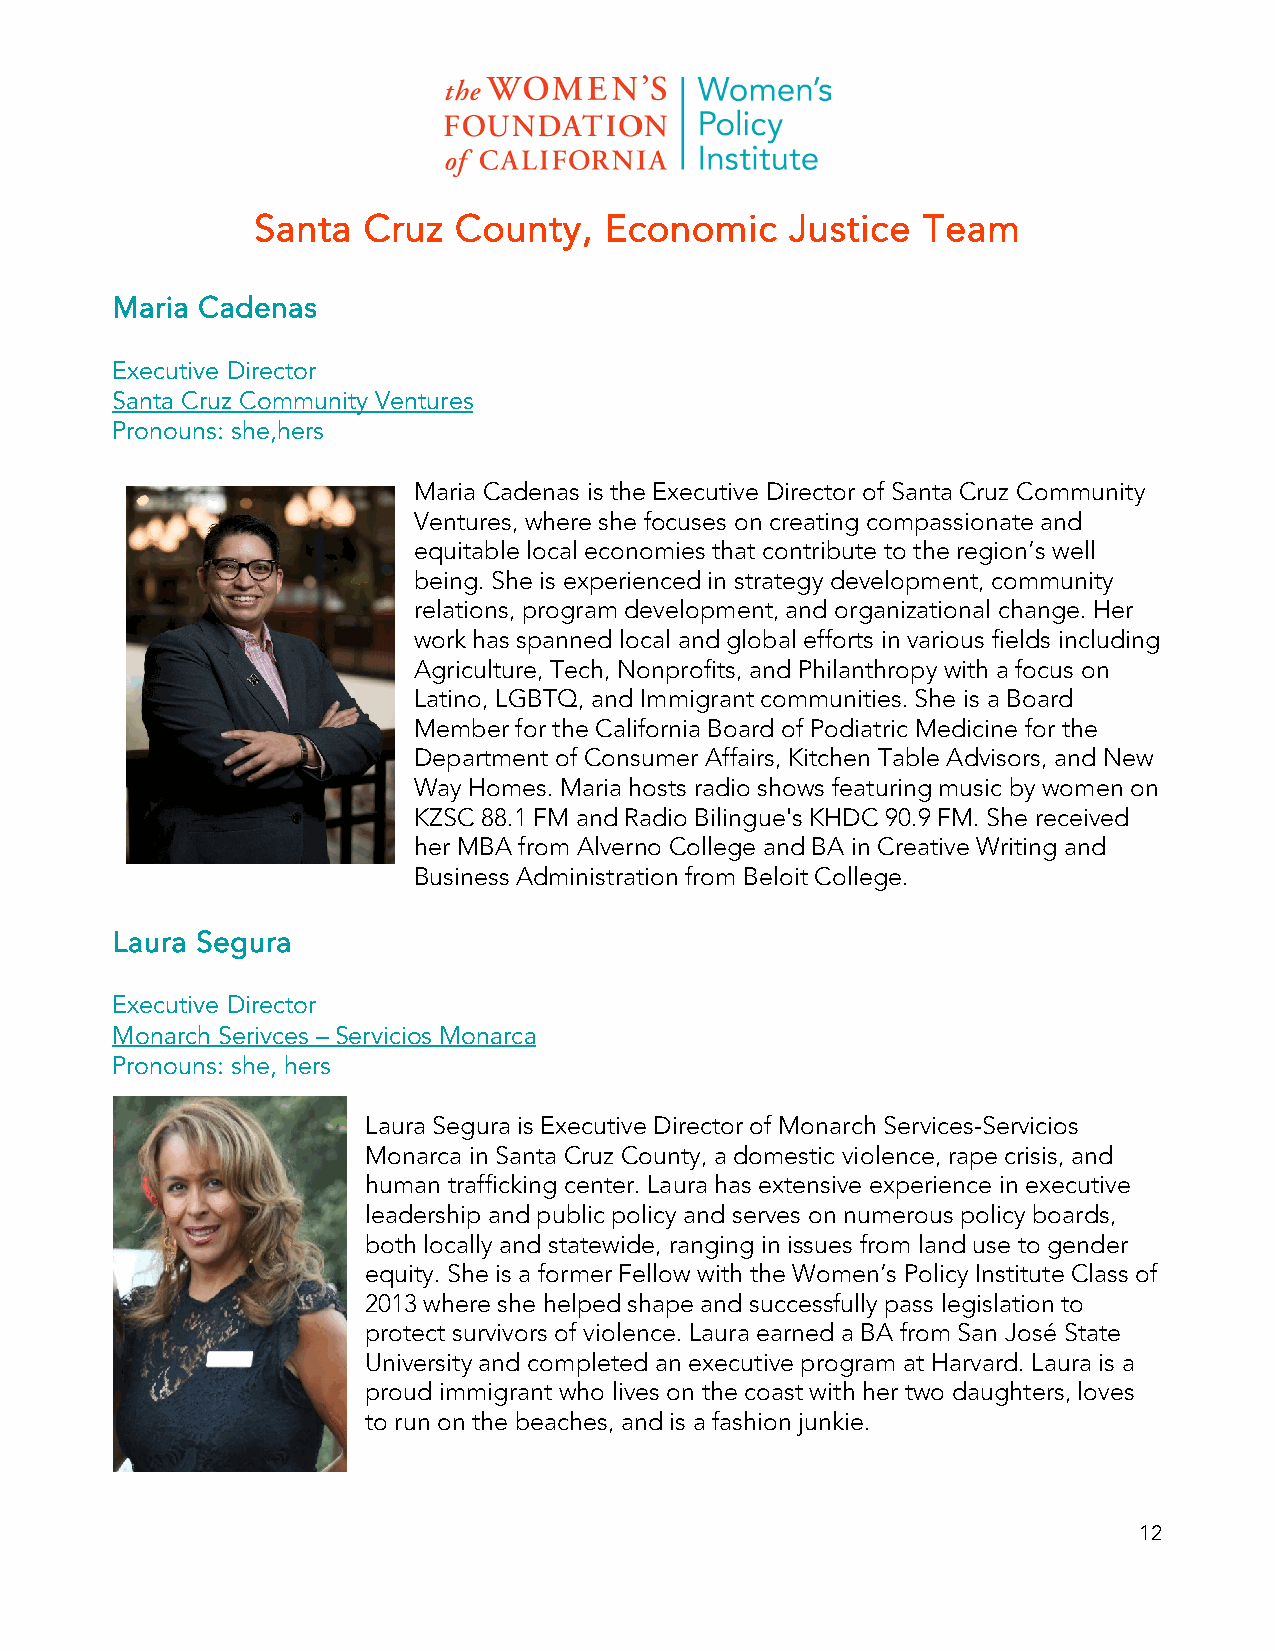
Santa  Cruz  County,   Economic    Justice  Team
 Maria Cadenas
 Executive Director
 Santa Cruz Community Ventures
 Pronouns: she,hers
 Maria Cadenas is the Executive Director of Santa Cruz Community
 Ventures, where she focuses on creating compassionate and
 equitable local economies that contribute to the region’s well
 being. She is experienced in strategy development, community
 relations, program development, and organizational change. Her
 work has spanned local and global efforts in various fields including
 Agriculture, Tech, Nonprofits, and Philanthropy with a focus on
 Latino, LGBTQ, and Immigrant communities. She is a Board
 Member for the California Board of Podiatric Medicine for the
 Department of Consumer Affairs, Kitchen Table Advisors, and New
 Way Homes. Maria hosts radio shows featuring music by women on
 KZSC 88.1 FM and Radio Bilingue's KHDC 90.9 FM. She received
 her MBA from Alverno College and BA in Creative Writing and
 Business Administration from Beloit College.
 Laura Segura
 Executive Director
 Monarch Serivces – Servicios Monarca
 Pronouns: she, hers
 Laura Segura is Executive Director of Monarch Services-Servicios
 Monarca in Santa Cruz County, a domestic violence, rape crisis, and
 human trafficking center. Laura has extensive experience in executive
 leadership and public policy and serves on numerous policy boards,
 both locally and statewide, ranging in issues from land use to gender
 equity. She is a former Fellow with the Women’s Policy Institute Class of
 2013 where she helped shape and successfully pass legislation to
 protect survivors of violence. Laura earned a BA from San José State
 University and completed an executive program at Harvard. Laura is a
 proud immigrant who lives on the coast with her two daughters, loves
 to run on the beaches, and is a fashion junkie.
 12